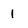
Character: 1